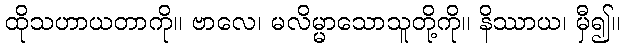
ထိုသဟာယတာကို။ ဗာလေ၊ မလိမ္မာသောသူတို့ကို။ နိဿာယ၊ မှီ၍။